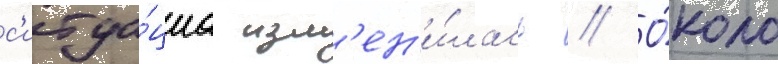
с'итуа́циа изм'ен'и́лась // О́коло